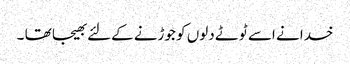
خدا نے اسے ٹوٹے دلوں کو جوڑنے کےلئے بھیجا تھا ۔